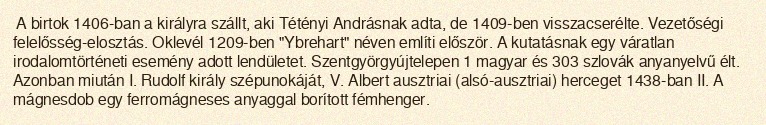
A birtok 1406-ban a királyra szállt, aki Tétényi Andrásnak adta, de 1409-ben visszacserélte. Vezetőségi felelősség-elosztás. Oklevél 1209-ben "Ybrehart" néven említi először. A kutatásnak egy váratlan irodalomtörténeti esemény adott lendületet. Szentgyörgyújtelepen 1 magyar és 303 szlovák anyanyelvű élt. Azonban miután I. Rudolf király szépunokáját, V. Albert ausztriai (alsó-ausztriai) herceget 1438-ban II. A mágnesdob egy ferromágneses anyaggal borított fémhenger.